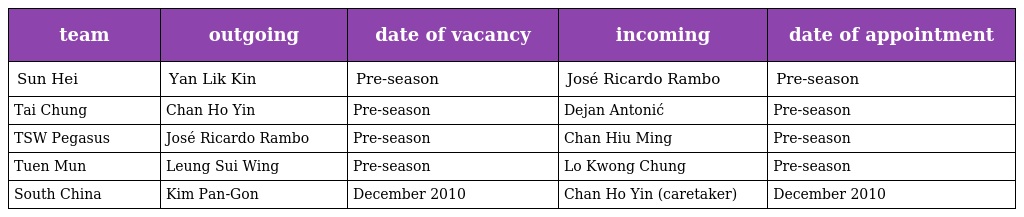
| team | outgoing | date of vacancy | incoming | date of appointment |
 | --- | --- | --- | --- | --- |
 | Sun Hei | Yan Lik Kin | Pre-season | José Ricardo Rambo | Pre-season |
 | Tai Chung | Chan Ho Yin | Pre-season | Dejan Antonić | Pre-season |
 | TSW Pegasus | José Ricardo Rambo | Pre-season | Chan Hiu Ming | Pre-season |
 | Tuen Mun | Leung Sui Wing | Pre-season | Lo Kwong Chung | Pre-season |
 | South China | Kim Pan-Gon | December 2010 | Chan Ho Yin (caretaker) | December 2010 |